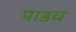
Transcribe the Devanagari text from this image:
पाडव